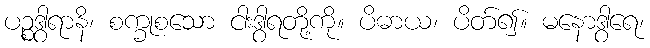
ပဉ္စဒွါရာနိ၊ စက္ခုစသော ငါးဒွါရတို့ကို။ ပိဓာယ၊ ပိတ်၍။ မနောဒွါရေ၊